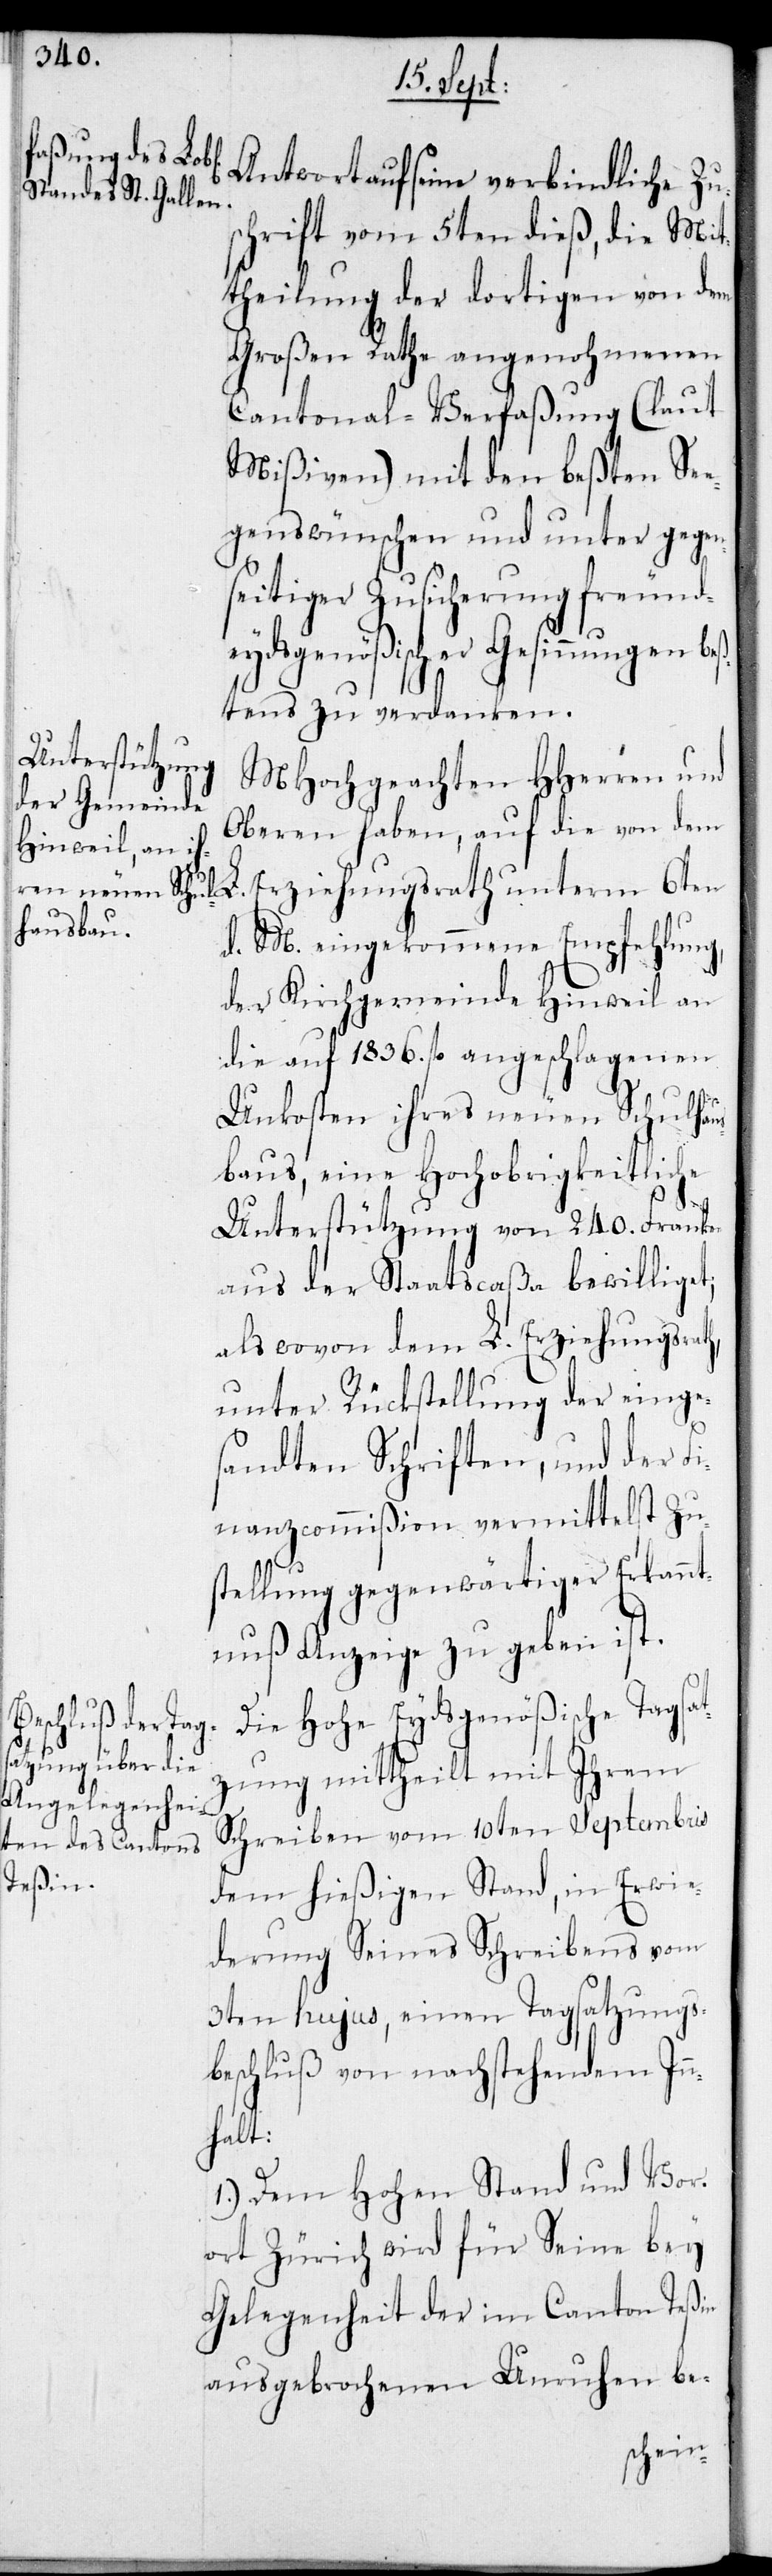
Antwort auf seine verbindliche Zus¬
chrift vom 5ten dieß, die Mit¬
theilung der dortigen von dem
Großen Rathe angenohmenen
Cantonal-Verfaßung (laut
Mißiven) mit den beßten See¬
genswünschen und unter gegen¬
seitiger Zusicherung freund¬
eydsgenößischer Gesinnungen beß¬
tens zu verdanken.
MHochgeachten HHerren und
Oberen haben, auf die von dem
d. M. eingekommene Empfehlung,
der Kirchgemeinde Hinweil an
die auf 1836. fl. angeschlagenen
h,
Unkosten ihres neuen Schulhaus¬
baus, eine Hochobrigkeitliche
Unterstützung von 240. Franken
aus der Staatscaßa bewilliget;
als wovon dem L. Erziehungsrat¬
unter Rückstellung der einge¬
sandten Schriften, und der Fi¬
nanzcommißion vermittelst Zu¬
stellung gegenwärtiger Erkann¬
tnuß Anzeige zu geben ist.
Die Hohe Eydsgenößische Tagsat¬
zung mittheilt mit Ihrem
Schreiben vom 10ten Septembris
dem hießigen Stand, in Erwie¬
derung Seines Schreibens vom
3ten hujus, einen Tagsatzungs¬
beschluß von nachstehendem Inn¬
halt:
1.) Dem Hohen Stand und Vor¬
ort Zürich wird für Seine bey
Gelegenheit der im Canton Teßin
ausgebrochenen Unruhen be-